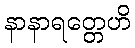
နာနာရတ္တေဟိ